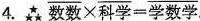
4. \overline {数数} \times \overline{科学}=\overline{学数学}。